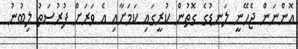
އޮންނަން ޖެހޭނީ ލަނޑުގެ ގޮތުން ކުރީގައި ކަމަށާއި އެ ވަރަށް ފުރުސަތު ލިބުނު